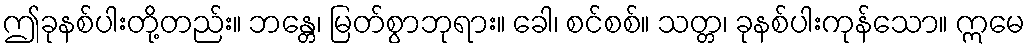
ဤခုနစ်ပါးတို့တည်း။ ဘန္တေ၊ မြတ်စွာဘုရား။ ခေါ၊ စင်စစ်။ သတ္တ၊ ခုနစ်ပါးကုန်သော။ ဣမေ